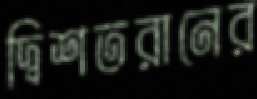
দ্বিশতরানের